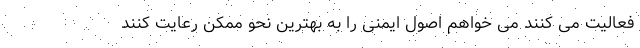
فعالیت می کنند می خواهم اصول ایمنی را به بهترین نحو ممکن رعایت کنند